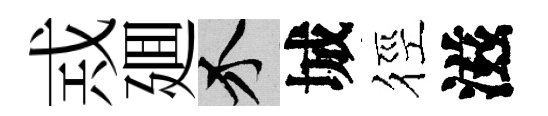
𢦶廽介城徑滋